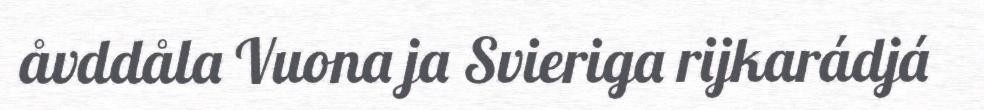
åvddåla Vuona ja Svieriga rijkarádjá